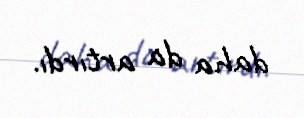
daha da artırdı.